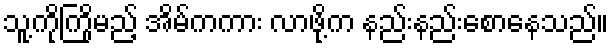
သူ့ကိုကြိုမည့် အိမ်ကကား လာဖို့က နည်းနည်းစောနေသည်။